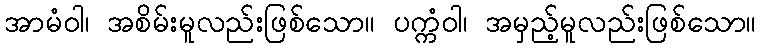
အာမံဝါ၊ အစိမ်းမူလည်းဖြစ်သော။ ပက္ကံဝါ၊ အမှည့်မူလည်းဖြစ်သော။